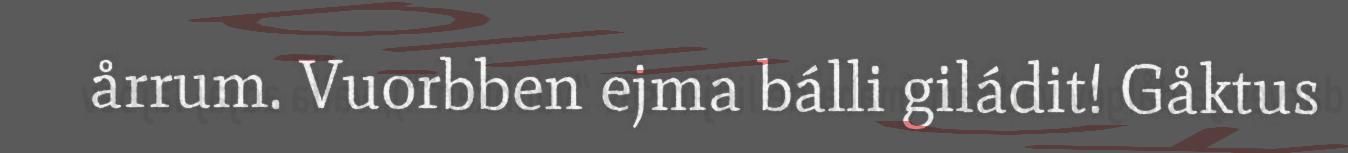
årrum. Vuorbben ejma bálli giládit! Gåktus